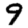
Digit: 9